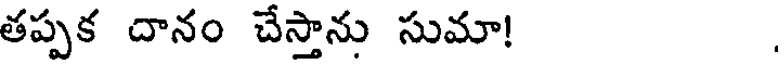
తప్పక దానం చేస్తాను సుమా!